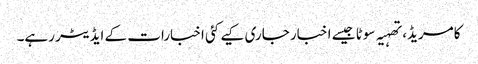
کامریڈ، تھہیہ سوٹا جیسے اخبار جاری کیے کئی اخبارات کے ایڈیٹر رہے۔